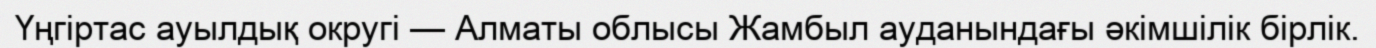
Үңгіртас ауылдық округі — Алматы облысы Жамбыл ауданындағы әкімшілік бірлік.